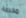
محرمة